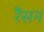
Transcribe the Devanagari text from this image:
रैंसन